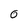
Character: 0